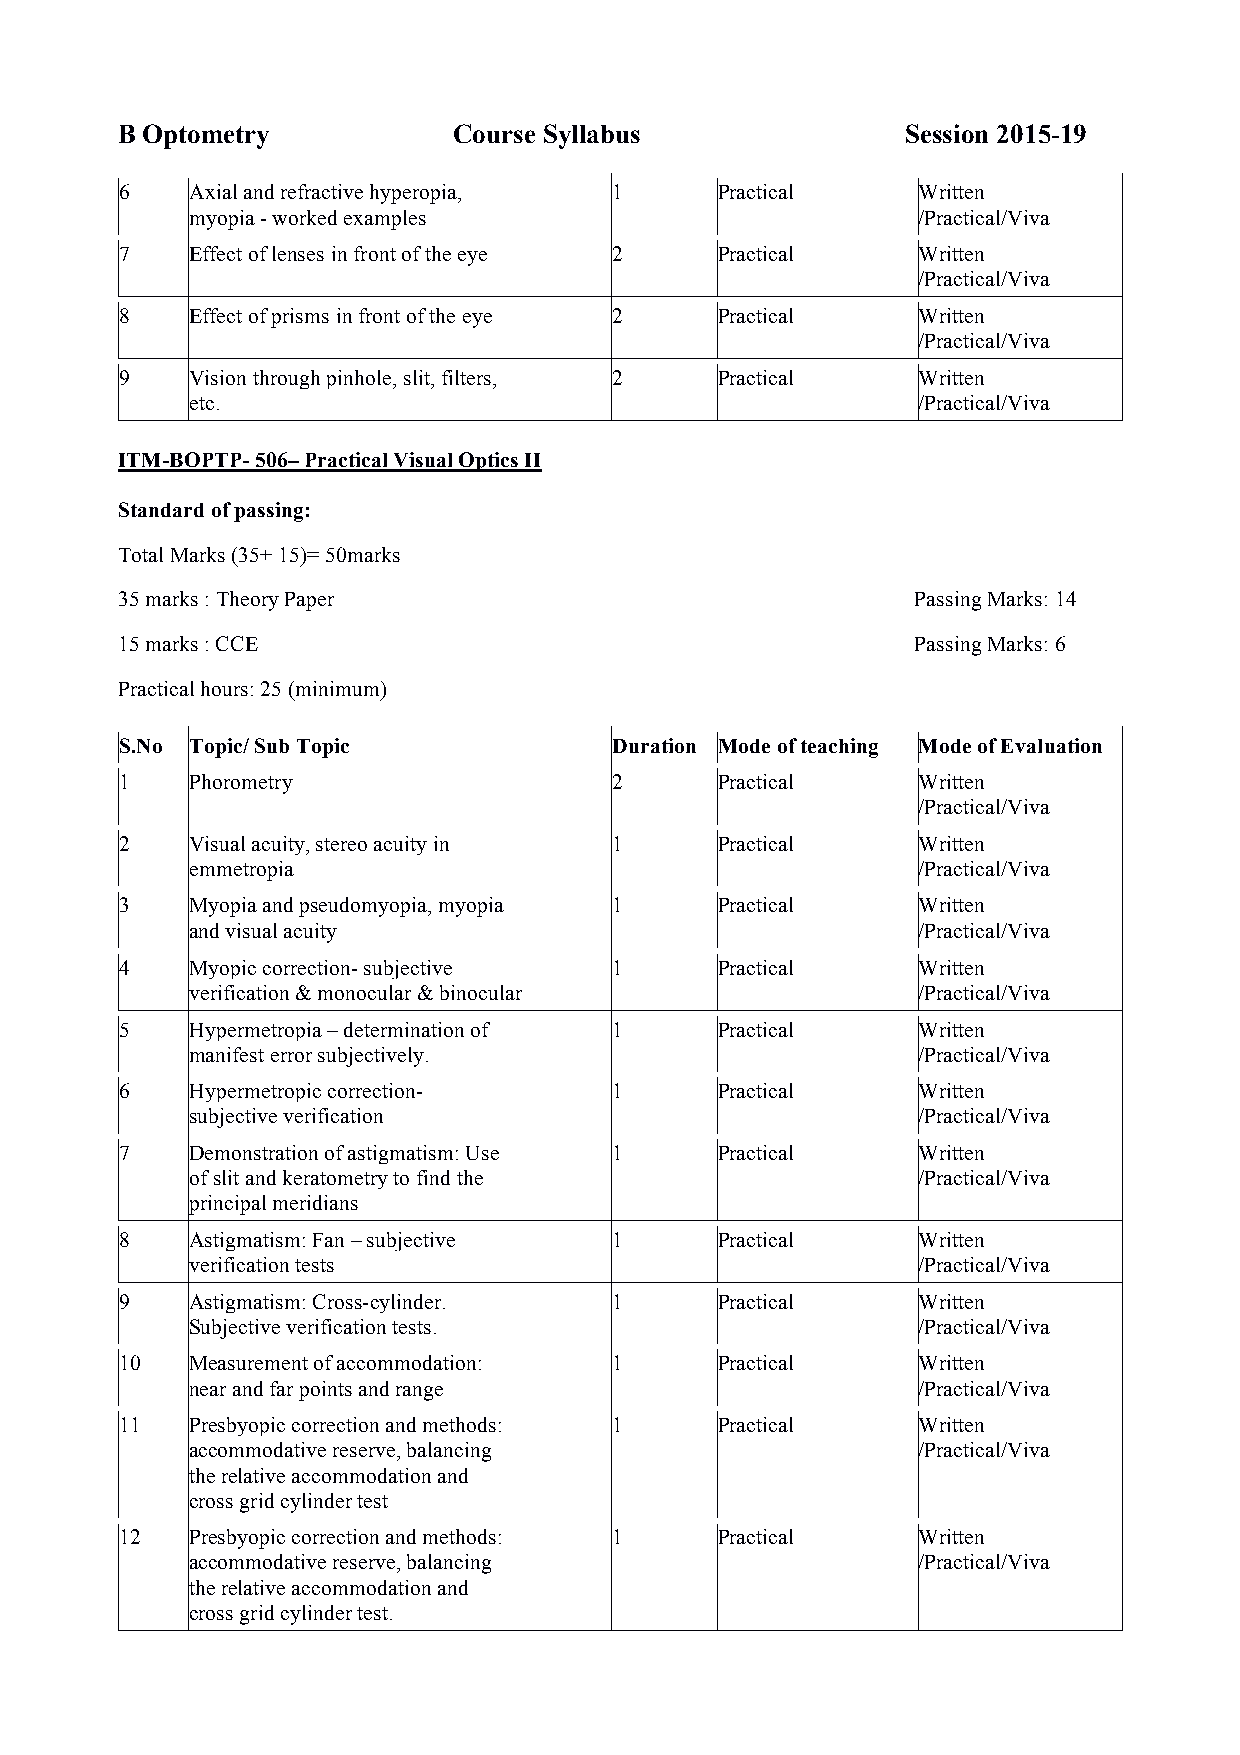
B Optometry           Course Syllabus               Session 2015-19
 6    Axial and refractive hyperopia, 1  Practical    Written
 myopia - worked examples                        /Practical/Viva
 7    Effect of lenses in front of the eye 2 Practical Written
 /Practical/Viva
 8    Effect of prisms in front of the eye 2 Practical Written
 /Practical/Viva
 9    Vision through pinhole, slit, filters, 2 Practical Written
 etc.                                            /Practical/Viva
 ITM-BOPTP- 506– Practical Visual Optics II
 Standard of passing:
 Total Marks (35+ 15)= 50marks
 35 marks : Theory Paper                              Passing Marks: 14
 15 marks : CCE                                       Passing Marks: 6
 Practical hours: 25 (minimum)
 S.No Topic/ Sub Topic            Duration Mode of teaching Mode of Evaluation
 1    Phorometry                  2      Practical    Written
 /Practical/Viva
 2    Visual acuity, stereo acuity in 1  Practical    Written
 emmetropia                                      /Practical/Viva
 3    Myopia and pseudomyopia, myopia 1  Practical    Written
 and visual acuity                               /Practical/Viva
 4    Myopic correction- subjective 1    Practical    Written
 verification & monocular & binocular            /Practical/Viva
 5    Hypermetropia – determination of 1 Practical    Written
 manifest error subjectively.                    /Practical/Viva
 6    Hypermetropic correction-   1      Practical    Written
 subjective verification                         /Practical/Viva
 7    Demonstration of astigmatism: Use 1 Practical   Written
 of slit and keratometry to find the             /Practical/Viva
 principal meridians
 8    Astigmatism: Fan – subjective 1    Practical    Written
 verification tests                              /Practical/Viva
 9    Astigmatism: Cross-cylinder. 1     Practical    Written
 Subjective verification tests.                  /Practical/Viva
 10   Measurement of accommodation: 1    Practical    Written
 near and far points and range                   /Practical/Viva
 11   Presbyopic correction and methods: 1 Practical  Written
 accommodative reserve, balancing                /Practical/Viva
 the relative accommodation and
 cross grid cylinder test
 12   Presbyopic correction and methods: 1 Practical  Written
 accommodative reserve, balancing                /Practical/Viva
 the relative accommodation and
 cross grid cylinder test.